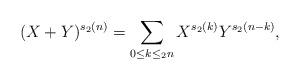
LaTeX: \begin{align*}(X+Y)^{s_2(n)} = \sum_{0\leq k \leq_2 n} X^{s_2(k)} Y^{s_2(n-k)},\end{align*}